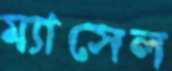
ম্যাসেল